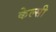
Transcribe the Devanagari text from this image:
केल्सी